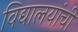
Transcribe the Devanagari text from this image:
विद्यालयांची